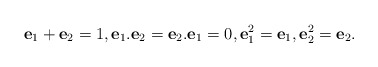
\begin{align*} \textbf{e}_1 +\textbf{e}_2 =1,\textbf{e}_1 . \textbf{e}_2 =\textbf{e}_2 . \textbf{e}_1 =0,\textbf{e}_1^2 =\textbf{e}_1 ,\textbf{e}_2^2 =\textbf{e}_2. \end{align*}